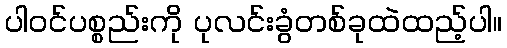
ပါဝင်ပစ္စည်းကို ပုလင်းခွံတစ်ခုထဲထည့်ပါ။